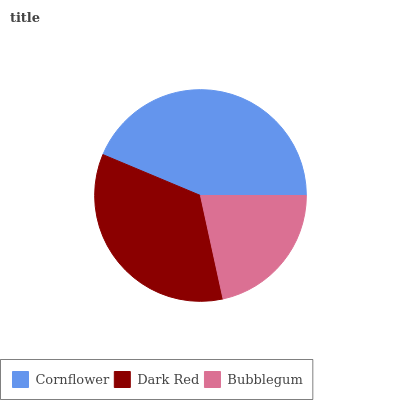
| Cornflower | Dark Red | Bubblegum |
 | --- | --- | --- |
 | 43.6% | 34.7% | 21.7% |